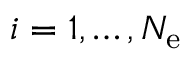
i = 1 , \ldots , N _ { \mathrm { e } }